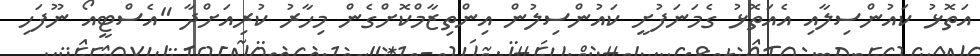
އަތޮޅު ކައުންސިލާއި އެއަތޮޅު ގެމަނަފުށީ ކައުންސިލުން އިންތިޒާމްކޮށްގެން މިހާރު ކުރިއަށްދާ "އެސްޓީއޯ ނޫފަހި